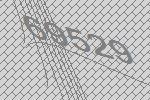
69529